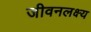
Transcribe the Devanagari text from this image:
जीवनलक्ष्य